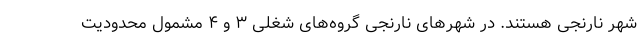
شهر نارنجی هستند. در شهر‌های نارنجی گروه‌های شغلی ۳ و ۴ مشمول محدودیت